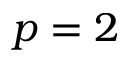
p = 2